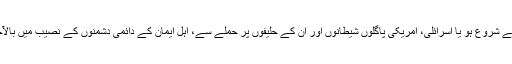
تیسری جنگ عظیم ایران پر حملے سے شروع ہو یا اسرائلی، امریکی پاگلوں شیطانوں اور ان کے حلیفوں پر حملے سے، اہل ایمان کے دائمی دشمنوں کے نصیب میں بالآخر شکست اور مایوسی ہی لکھی ہے۔